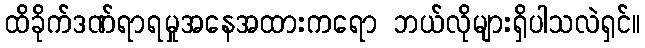
ထိခိုက်ဒဏ်ရာရမှုအနေအထားကရော ဘယ်လိုများရှိပါသလဲရှင်။